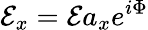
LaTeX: \mathcal{E}_{x}=\mathcal{E}a_{x}e^{i\Phi}